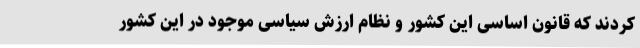
کردند که قانون اساسی این کشور و نظام ارزش سیاسی موجود در این کشور